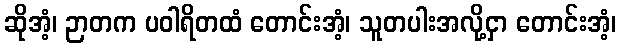
ဆိုအံ့၊ ဉာတက ပဝါရိတထံ တောင်းအံ့၊ သူတပါးအလို့ငှာ တောင်းအံ့၊